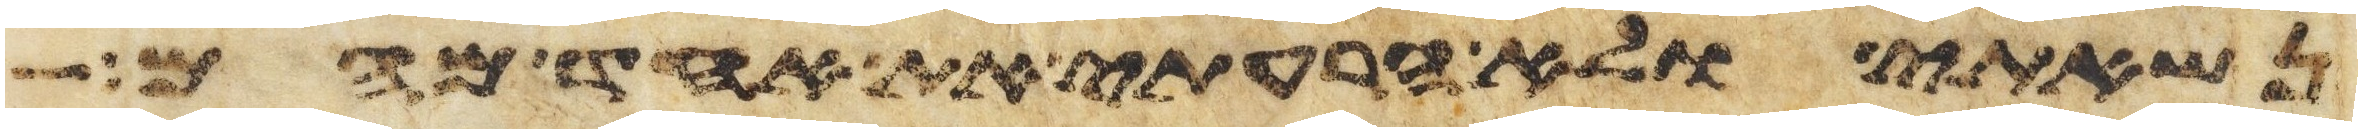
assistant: נשאתי ולא הרעתי את אחד מהם